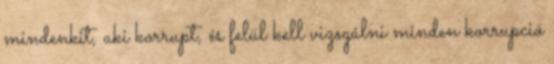
mindenkit, aki korrupt, és felül kell vizsgálni minden korrupció